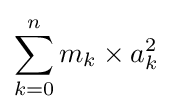
\sum _{k=0}^{n}m_{k}\times a_{k}^{2}